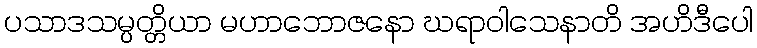
ပသာဒသမ္ပတ္တိယာ မဟာဘောဇနော ဃရာဝါသေနာတိ အဟိဒီပေါ